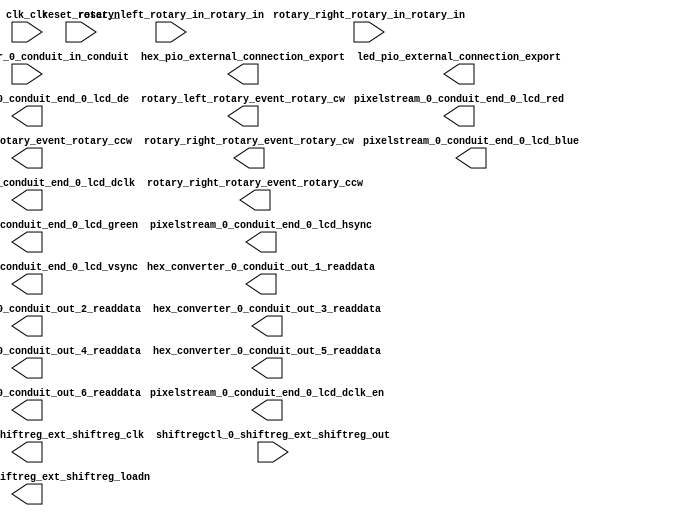

module clarvi_soc (
	clk_clk,
	hex_converter_0_conduit_in_conduit,
	hex_converter_0_conduit_out_1_readdata,
	hex_converter_0_conduit_out_2_readdata,
	hex_converter_0_conduit_out_3_readdata,
	hex_converter_0_conduit_out_4_readdata,
	hex_converter_0_conduit_out_5_readdata,
	hex_converter_0_conduit_out_6_readdata,
	hex_pio_external_connection_export,
	led_pio_external_connection_export,
	pixelstream_0_conduit_end_0_lcd_red,
	pixelstream_0_conduit_end_0_lcd_green,
	pixelstream_0_conduit_end_0_lcd_blue,
	pixelstream_0_conduit_end_0_lcd_hsync,
	pixelstream_0_conduit_end_0_lcd_vsync,
	pixelstream_0_conduit_end_0_lcd_de,
	pixelstream_0_conduit_end_0_lcd_dclk,
	pixelstream_0_conduit_end_0_lcd_dclk_en,
	reset_reset_n,
	shiftregctl_0_shiftreg_ext_shiftreg_clk,
	shiftregctl_0_shiftreg_ext_shiftreg_loadn,
	shiftregctl_0_shiftreg_ext_shiftreg_out,
	rotary_left_rotary_in_rotary_in,
	rotary_left_rotary_event_rotary_cw,
	rotary_left_rotary_event_rotary_ccw,
	rotary_right_rotary_in_rotary_in,
	rotary_right_rotary_event_rotary_cw,
	rotary_right_rotary_event_rotary_ccw);	

	input		clk_clk;
	input	[23:0]	hex_converter_0_conduit_in_conduit;
	output	[6:0]	hex_converter_0_conduit_out_1_readdata;
	output	[6:0]	hex_converter_0_conduit_out_2_readdata;
	output	[6:0]	hex_converter_0_conduit_out_3_readdata;
	output	[6:0]	hex_converter_0_conduit_out_4_readdata;
	output	[6:0]	hex_converter_0_conduit_out_5_readdata;
	output	[6:0]	hex_converter_0_conduit_out_6_readdata;
	output	[23:0]	hex_pio_external_connection_export;
	output	[9:0]	led_pio_external_connection_export;
	output	[7:0]	pixelstream_0_conduit_end_0_lcd_red;
	output	[7:0]	pixelstream_0_conduit_end_0_lcd_green;
	output	[7:0]	pixelstream_0_conduit_end_0_lcd_blue;
	output		pixelstream_0_conduit_end_0_lcd_hsync;
	output		pixelstream_0_conduit_end_0_lcd_vsync;
	output		pixelstream_0_conduit_end_0_lcd_de;
	output		pixelstream_0_conduit_end_0_lcd_dclk;
	output		pixelstream_0_conduit_end_0_lcd_dclk_en;
	input		reset_reset_n;
	output		shiftregctl_0_shiftreg_ext_shiftreg_clk;
	output		shiftregctl_0_shiftreg_ext_shiftreg_loadn;
	input		shiftregctl_0_shiftreg_ext_shiftreg_out;
	input	[1:0]	rotary_left_rotary_in_rotary_in;
	output		rotary_left_rotary_event_rotary_cw;
	output		rotary_left_rotary_event_rotary_ccw;
	input	[1:0]	rotary_right_rotary_in_rotary_in;
	output		rotary_right_rotary_event_rotary_cw;
	output		rotary_right_rotary_event_rotary_ccw;
endmodule